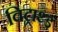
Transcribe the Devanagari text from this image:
विट्राथ्ड